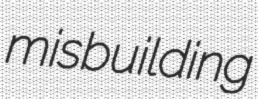
misbuilding